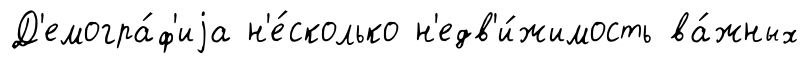
Д'емогра́ф'иjа н'е́сколько н'едв'и́жимость ва́жных